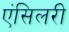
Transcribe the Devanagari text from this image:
एंसिलरी